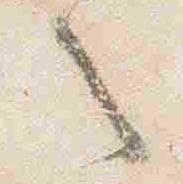
之